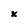
Character: x